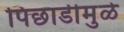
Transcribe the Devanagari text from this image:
पिछाडीमुळे